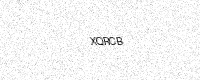
Text: XQRCB